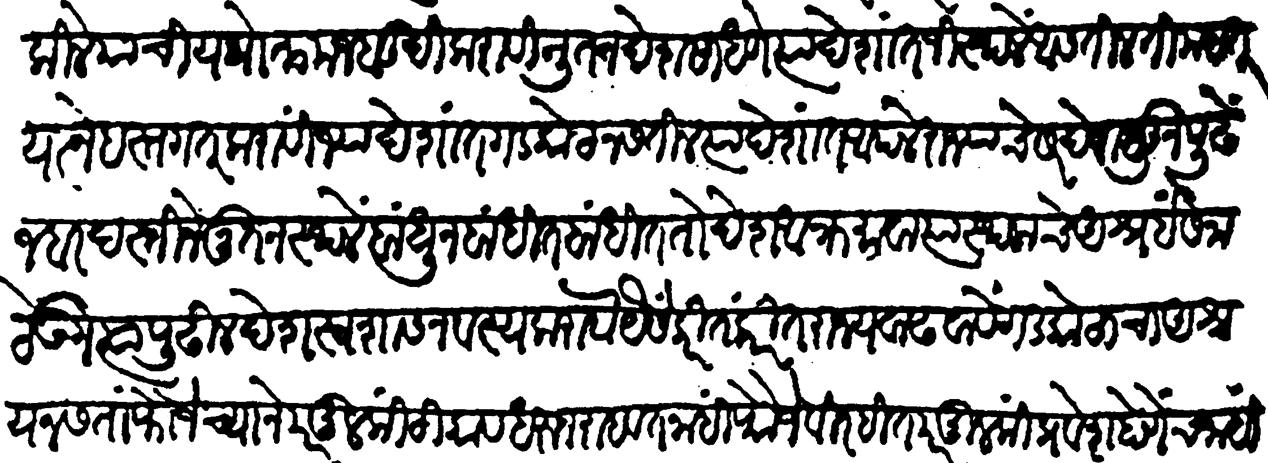
Transliteration (Devanagari): किल्ले यांची यथोक्त मजबुदी करावी नूतन देश साधणे त्या देशांत जीं स्थळे असतील तीं महत यत्ने हस्तगत करावीं ज्या देशात गडकोट नसतील त्या देशात आपले राज्याचे सरहदेपासून पुढे जबरदस्तीने नूतन स्थळे बांधून बांधीत बांधीत तो देश आक्रमावा त्या स्थळांचे आश्रई सेना ठेऊन त्यापुढील देश स्वशासनवश्य करावा यैसें करीत करीत राज्य वाढवावें गडकोटाचा आश्रय नसता फौजेच्याने परमुलकीं टिकाव धरुन राहवत नाही फौजेविरहित परमुलकीं प्रवेश होणेंच नाही